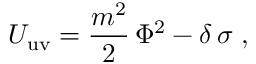
U _ { \mathrm { u v } } = \frac { m ^ { 2 } } { 2 } \, \Phi ^ { 2 } - \delta \, \sigma \; ,